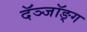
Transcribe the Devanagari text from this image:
दॅञ्जॉङ्ग